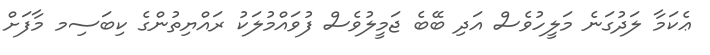
ޢެކަމާ ލަދުގަނެ މަލީހުވެސް އަދި ބޭބެ ޖަމީލުވެސް ފުވައްމުލަކު ރައްޔިތުންގެ ކިބަސިމ މާފަށް